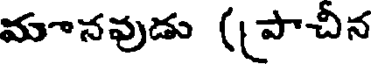
మానవుడు ((పాచీన